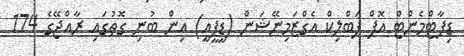
ޑިޕާޓްމެންޓް އޮފް ޕަބްލިކް އެގްޒަމިނޭޝަން (ޑީޕީއީ) އިން ބުނި ގޮތުގައި ރާއްޖޭގެ 174